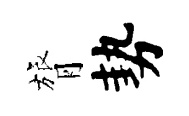
膂勢